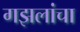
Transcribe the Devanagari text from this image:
गझलांचा